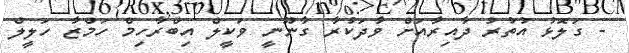
- ގަލޮޅު އުތުރު ދާއިރާއަށް ވާދަކުރާ ގާނޫނީ ވަކީލް އިބްރާހިމް ހަމްޒާ ހަލީލް